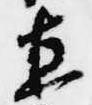
直